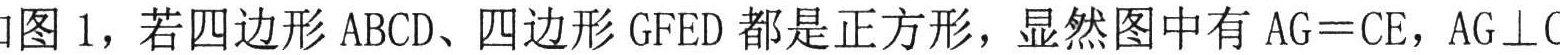
图 1，若四边形 \(ABCD\)、四边形 \(GFED\)都是正方形，显然图中有 \(AG = CE\)，\(AG\perp\)